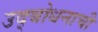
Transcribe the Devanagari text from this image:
उद्बोधनाची